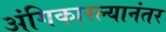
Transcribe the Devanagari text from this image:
अंगिकारल्यानंतर